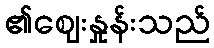
၏ဈေးနှုန်းသည်